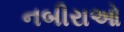
નબીરાઓ